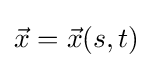
{\vec {x}}={\vec {x}}(s,t)